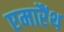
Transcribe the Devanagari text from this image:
एमारैंथ